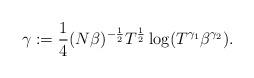
LaTeX: \begin{align*} \gamma := \frac{1}{4}(N \beta)^{-\frac{1}{2}} T^{\frac{1}{2}} \log ( T^{\gamma_1} \beta^{\gamma_2}). \end{align*}